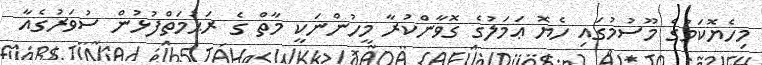
މިހެޔޮކަމުގެ މޫސުމުގައި ހެޔޮ ޢަމަލުގެ ގޮވާންކުރާ މީހުންނަކީ މާތް ގެ ރަޙުމަތްފުޅުން ސުވަރުގެއާ